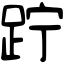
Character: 𨀉